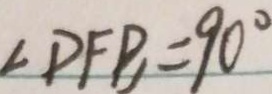
\angle D F B = 9 0 ^ { \circ }